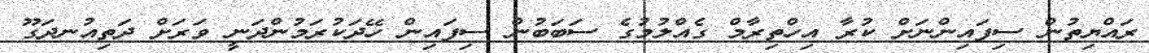
ރައްޔިތުން ސިފައިންނަށް ކުރާ އިހްތިރާމް ގެއްލުމުގެ ސަބަބުން ސިފައިން ހޭދަކުރަމުންދަނީ ވަރަށް ދަތިއުނދަގޫ